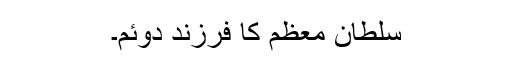
سلطان معظم کا فرزند دوئم۔